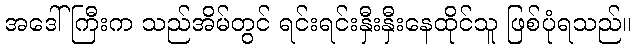
အဒေါ်ကြီးက သည်အိမ်တွင် ရင်းရင်းနှီးနှီးနေထိုင်သူ ဖြစ်ပုံရသည်။